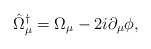
\begin{align*}\hat{\Omega}^{\dagger}_{\mu}=\Omega_{\mu}-2i\partial_{\mu}\phi,\end{align*}